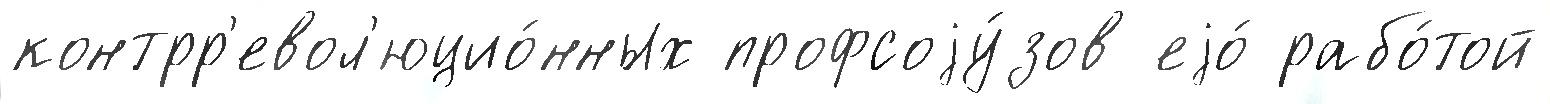
контрр'евол'юцио́нных профсоjу́зов еjо́ рабо́той